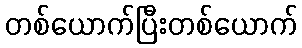
တစ်ယောက်ပြီးတစ်ယောက်